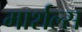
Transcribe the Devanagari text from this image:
मार्शल्स